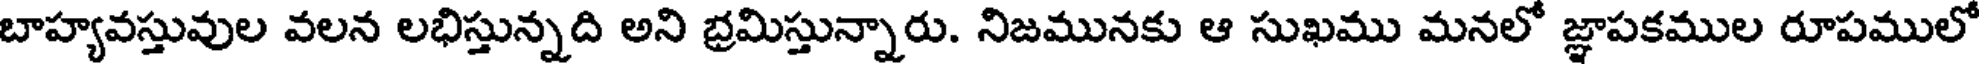
బాహ్యవస్తువుల వలన లభిస్తున్నది అని బ్రమిస్తున్నారు. నిజమునకు ఆ సుఖము మనలో జ్ఞాపకముల రూపములో